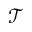
\mathcal { T }